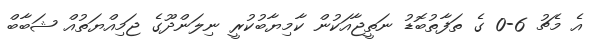
އެ މެޗު 6-0 ގެ ތަފާތުބޮޑު ނަތީޖާއަކުން ކާމިޔާބުކުރީ ނިލަންދޫގެ ޖަމިއްޔަތުއް ޝަބާބް